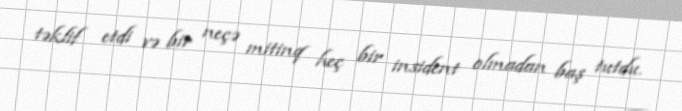
təklif etdi və bir neçə mitinq heç bir insident olmadan baş tutdu.